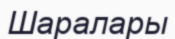
Шаралары